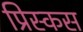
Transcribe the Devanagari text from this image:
प्रिस्कस